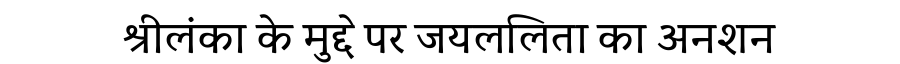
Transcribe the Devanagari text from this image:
श्रीलंका के मुद्दे पर जयललिता का अनशन